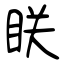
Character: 眹